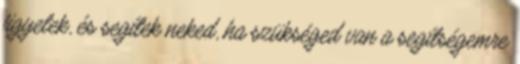
figyelek, és segítek neked, ha szükséged van a segítségemre